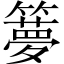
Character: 𥶃